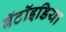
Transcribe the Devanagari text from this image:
बॅटॉइडिया